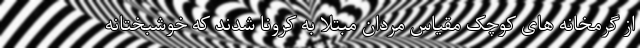
از گرمخانه های کوچک مقیاس مردان مبتلا به کرونا شدند که خوشبختانه